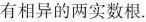
有相异的两实数根.